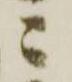
ニ